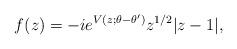
LaTeX: \begin{align*}f(z)=-ie^{V(z;\theta-\theta')}z^{1/2}|z-1|,\end{align*}